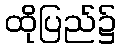
ထိုပြည်၌